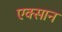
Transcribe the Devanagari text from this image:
एक्सान